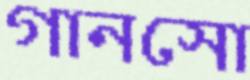
গানসো